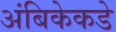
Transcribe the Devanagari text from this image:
अंबिकेकडे